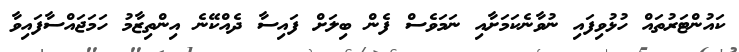
ކައުންޓަރުތައް ހުޅުވިފައި ނުވާނެކަމަށާއި ނަމަވެސް ފެން ބިލަށް ފައިސާ ދެއްކޭނެ އިންތިޒާމު ހަމަޖައްސާފައިވާ